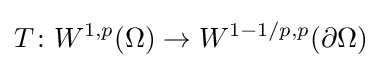
T\colon W^{1,p}(\Omega )\to W^{1-1/p,p}(\partial \Omega )